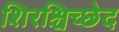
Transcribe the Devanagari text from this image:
शिरश्चिच्छेद